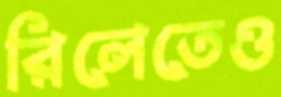
রিলেতেও